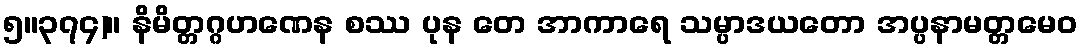
၅။၃၇၄)။ နိမိတ္တဂ္ဂဟဏေန စဿ ပုန တေ အာကာရေ သမ္ပာဒယတော အပ္ပနာမတ္တမေဝ